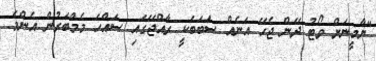
"ޔާމީނަށް ވޯޓު ދޭން ޖެހޭ އަނެއް ސަބަބަކީ ރާއްޖޭގައި ސައްހަ މެމްބަރުން އެންމެ